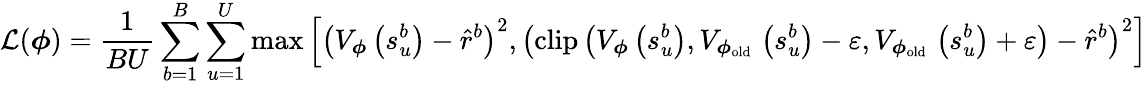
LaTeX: \mathcal{L}(\boldsymbol{\phi})=\frac{1}{BU}\sum_{b=1}^{B}\sum_{u=1}^{U}\operatorname*{max}\left[\left(V_{\boldsymbol{\phi}}\left(s_{u}^{b}\right)-\hat{r}^{b}\right)^{2},\left(\operatorname{clip}\left(V_{\boldsymbol{\phi}}\left(s_{u}^{b}\right),V_{\boldsymbol{\phi}_{\mathrm{old~}}}\left(s_{u}^{b}\right)-\varepsilon,V_{\boldsymbol{\phi}_{\mathrm{old~}}}\left(s_{u}^{b}\right)+\varepsilon\right)-\hat{r}^{b}\right)^{2}\right]